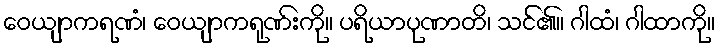
ဝေယျာကရဏံ၊ ဝေယျာကရုဏ်းကို။ ပရိယာပုဏာတိ၊ သင်၏။ ဂါထံ၊ ဂါထာကို။